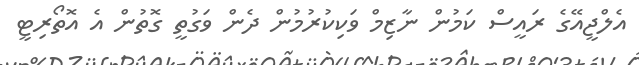
އެލްޖީއޭގެ ރައީސް ކަމުން ނާޒިމް ވަކިކުރުމުން ދެން ވަގުތީ ގޮތުން އެ އޮތޯރިޓީ